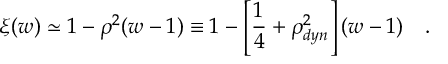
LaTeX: \xi ( w ) \simeq 1 - \rho ^ { 2 } ( w - 1 ) \equiv 1 - \left[ { \frac { 1 } { 4 } } + \rho _ { d y n } ^ { 2 } \right] ( w - 1 ) ~ ~ ~ .